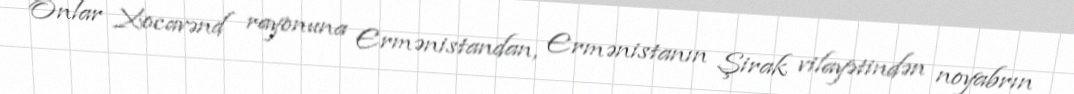
Onlar Xocavənd rayonuna Ermənistandan, Ermənistanın Şirak vilayətindən noyabrın